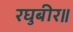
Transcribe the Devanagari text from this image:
रघुबीर॥